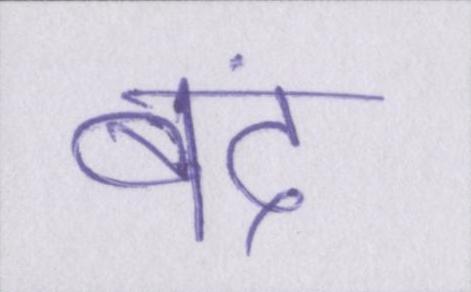
बंद